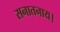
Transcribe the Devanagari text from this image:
सनातनाय।